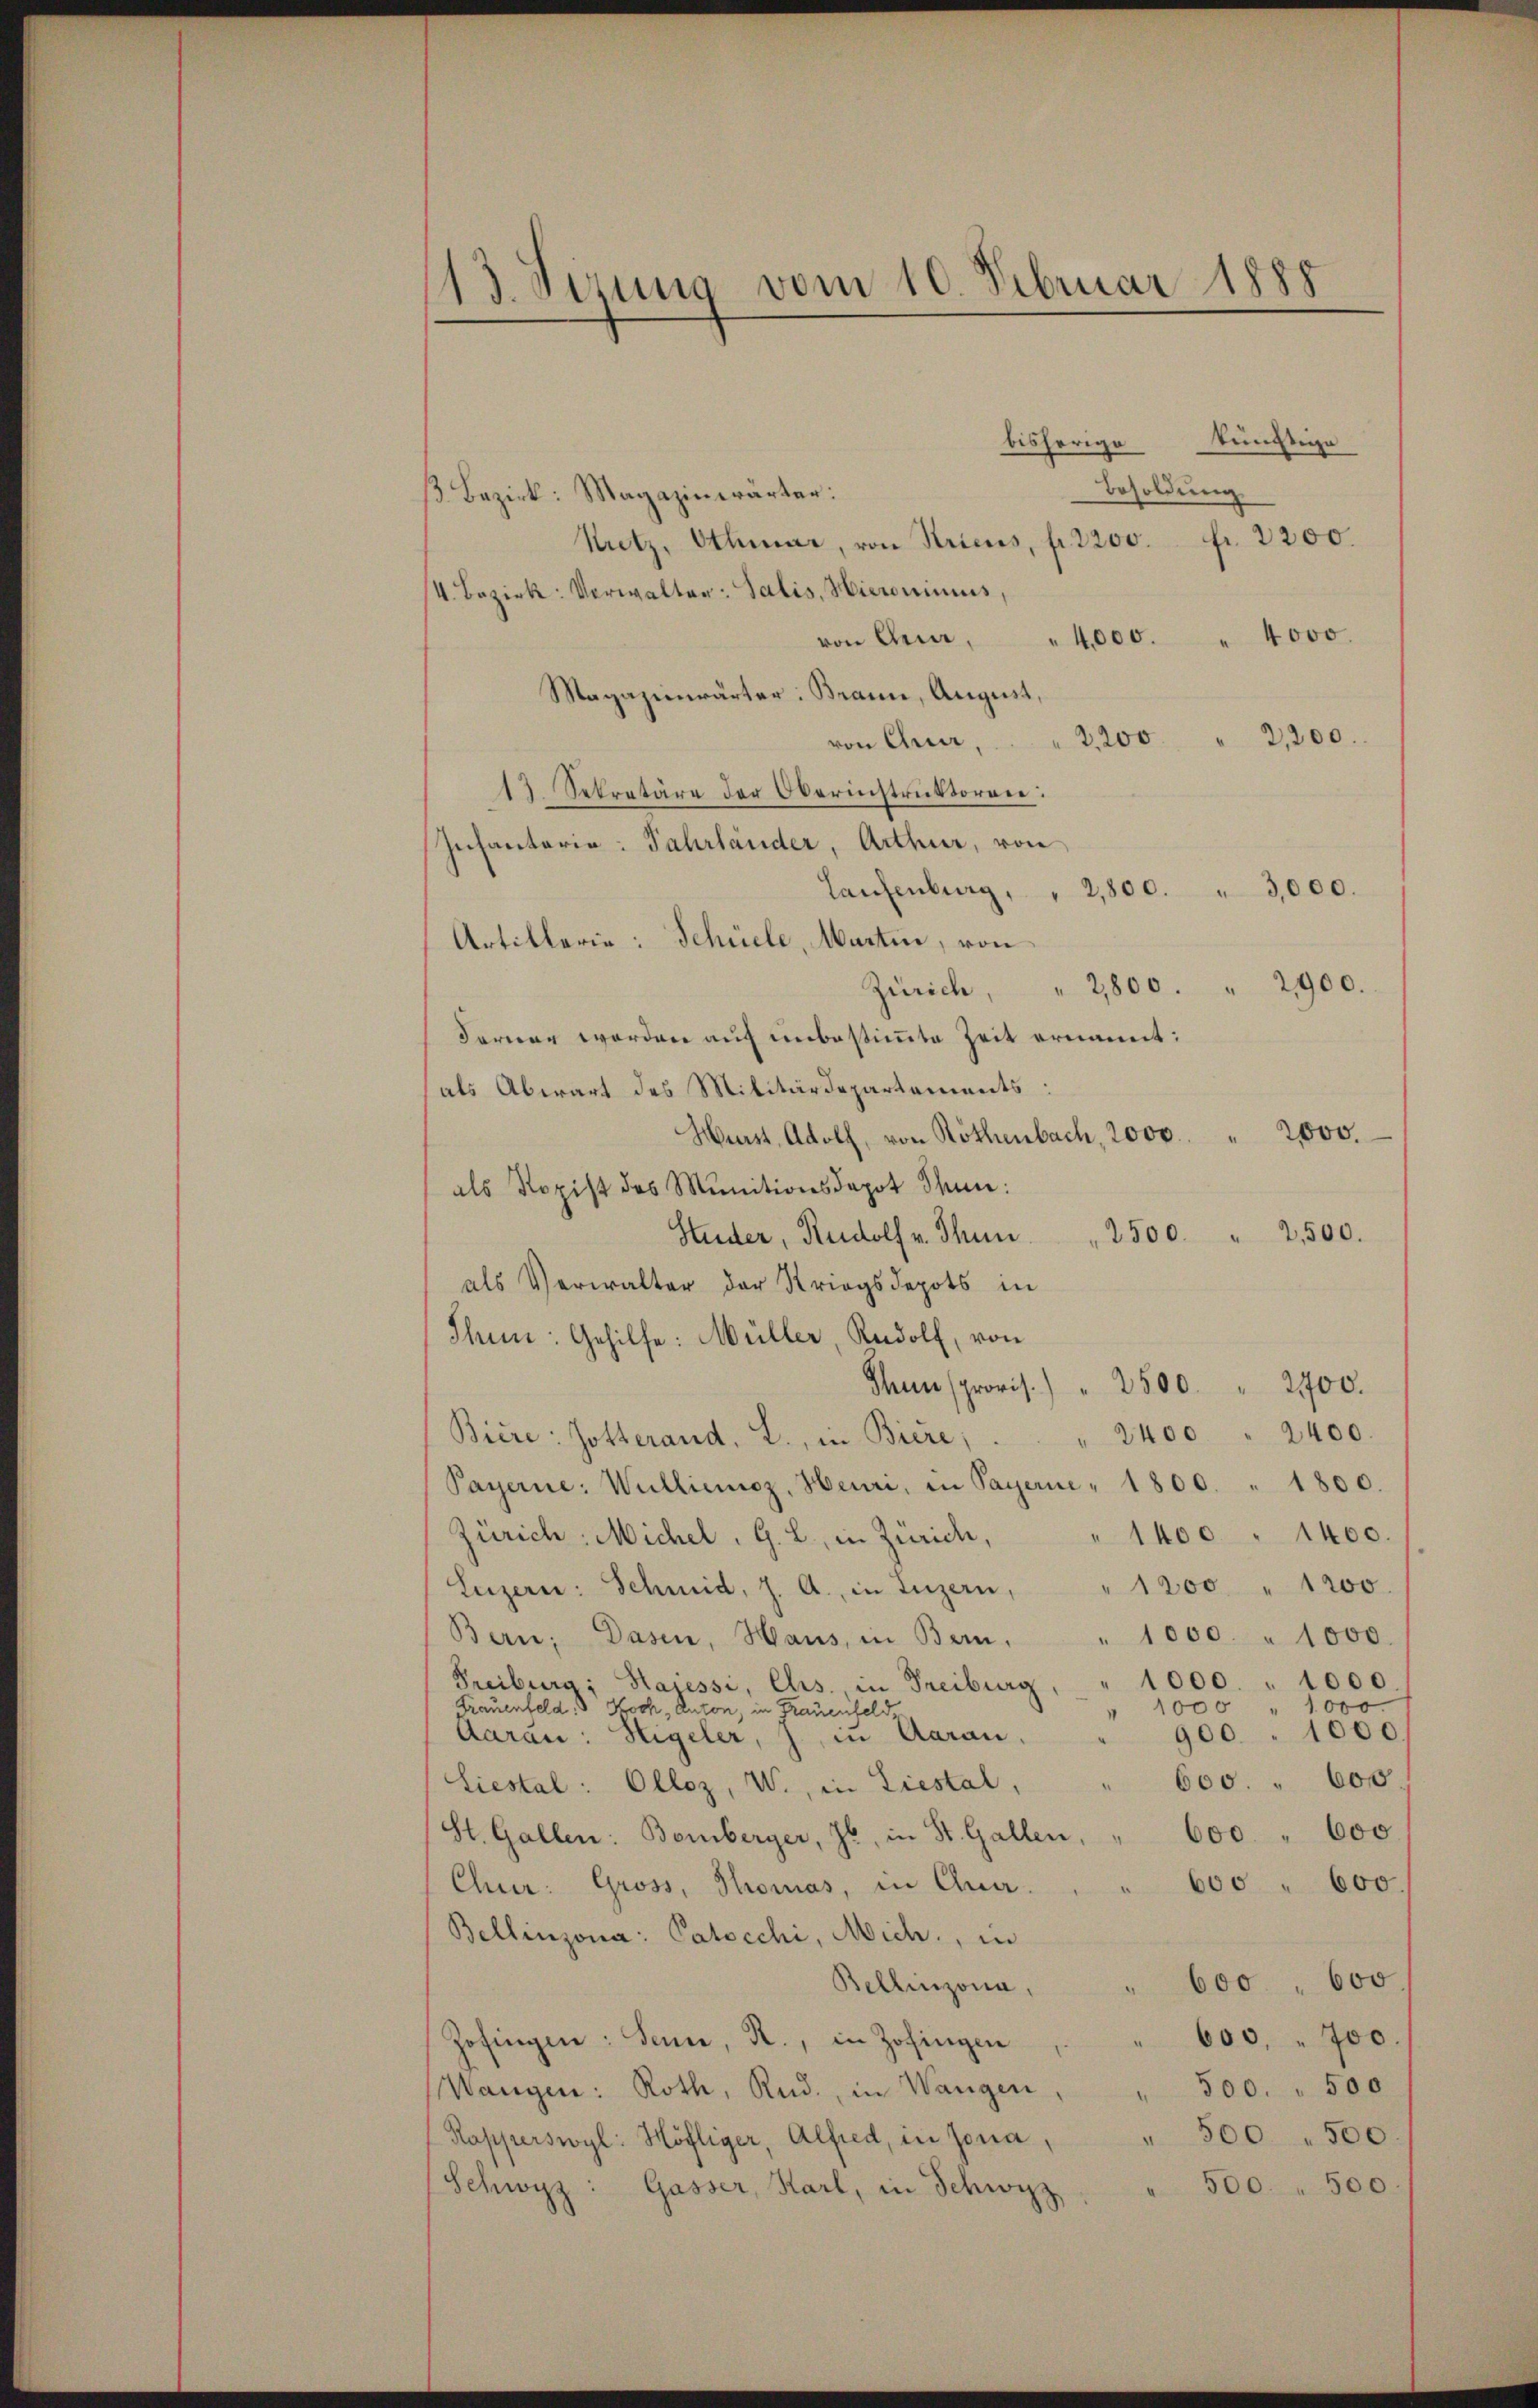
13. Sizung vom 10. Februar 1885

bisherige künftige
Besoldung.
ß. Bezirk: Magazinwärter:
Nietz, Othmar, von Stricus, fr. 2200. fr. 2200.
/4. Bezirk: Verwalter: Salis, Hieroninus,
von Qua,
" 4,000. " 4000.
Magazinwärter: Brann, August,
2,200 " 2,200.
von Quar,
13. Sekretäre der Oberinstruktoren:
Infantaria: Fahrländer, Arthur, von
Laufenburg, " 2,800. " 3,000.
Artillerie: Schüele, Martin, von
2800. " 2900.
Zürich
Farian worden auf unbestimmte Zeit ernannt:
als Abwart des Militärdepartements:
Hurst, Adolf, von Röthenbach, 2000. 2000.
als Kopist des Munitionsdepot Sun:
Studer, Rudolf v. Thun " 2500. " 2500.
als Verwalter der Kriegsdepots in
Thun: Gehilfe: Müller, Rudolf, von
Snn provis.) " 2500 " 2400.
" 2400 " 2400.
Biere: Gotterand. L., in Biere,
Payerne: Wullienoz, Heuri, in Payerne - 1800. " 1800.
1400 " 1400.
Zürich: Michel, G. L., in Zürich,
1200 " 1200.
Luzern: Schmid, J. A., in Luzern,
" 1000. " 1000.
Bern; Dasen, Haus, in Bern,
1000. " 1000
Treiburg, Hasessi, Chs., in Freiburg
1,000
1000
Trauenfeld.  Koch, Auton, in Frauenfeld,
900. 1000.
Aarau: Higeler, J., in Aarau,
600. " 600.
Siestal: Olloz, W., in Liestal,
St. Gallen: Beiberger, Jb. in St. Gallen, " 600 " 600.
600 " 600.
Chur: Gross, Thomas, in Ana-
Bellinzona: Patocchi, Mich., in
Bellinzona. " 600 " 600.
600, " 700.
Zofingen: Senn, K., in Zofingen
500. " 500
Wangen: Roth, Rud., in Wangen
Rapperswyl: Höfliger, Alfred, in Jona, " 500 " 500.
Schwyz: Gasser, Karl, in Schwyz. " 500 " 500